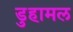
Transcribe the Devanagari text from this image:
डुहामल